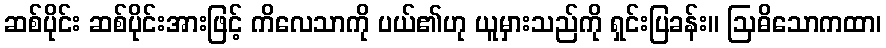
ဆစ်ပိုင်း ဆစ်ပိုင်းအားဖြင့် ကိလေသာကို ပယ်၏ဟု ယူမှားသည်ကို ရှင်းပြခန်း။ ဩဓိသောကထာ၊